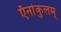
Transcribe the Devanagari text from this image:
ऍर्नाकुलम्